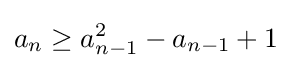
a_{n}\geq a_{n-1}^{2}-a_{n-1}+1